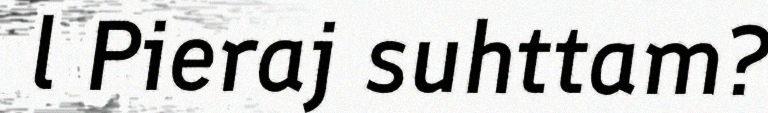
l Pieraj suhttam?